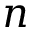
n